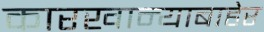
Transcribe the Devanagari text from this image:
कारखान्याबाहेर